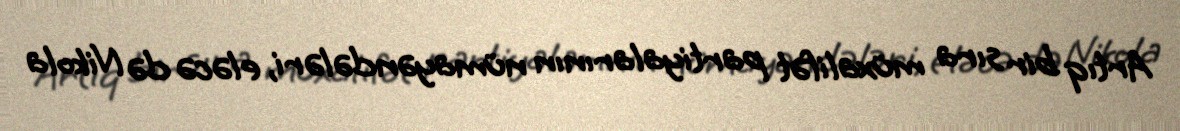
Artıq bir sıra müxalifət partiyalarının nümayəndələri, eləcə də Nikola